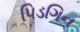
પિડગિન